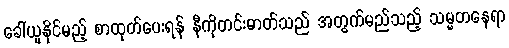
ခေါ်ယူနိုင်မည့် စာထုတ်ပေးရန် နီကိုတင်းဓာတ်သည် အတွက်မည်သည့် သမ္မတနေရာ